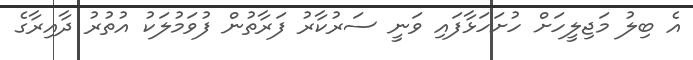
އެ ބިލު މަޖިލީހަށް ހުށަހަޅާފައި ވަނީ ސަރުކާރު ފަރާތުން ފުވަމުލަކު އުތުރު ދާއިރާގެ